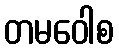
တမဝေါစ